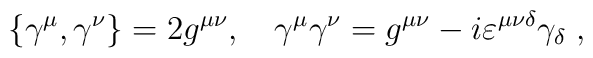
\{\gamma^{\mu},\gamma^{\nu}\}=2g^{\mu\nu}, \hspace{0.4cm}\gamma^{\mu}\gamma^{\nu}=g^{\mu\nu}-i\varepsilon ^{\mu\nu\delta}\gamma_{\delta}\; ,